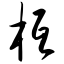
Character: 柢